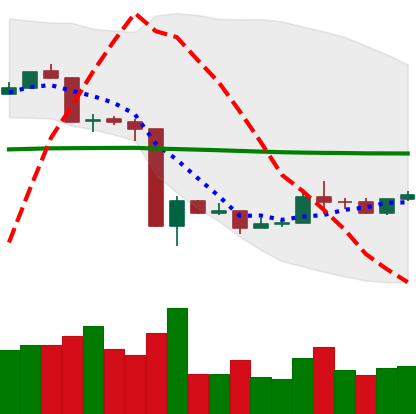
Ticker: ETH-USD
Chart end date: 2020-03-24
Forward return: -9.497%
Label: down_7plus